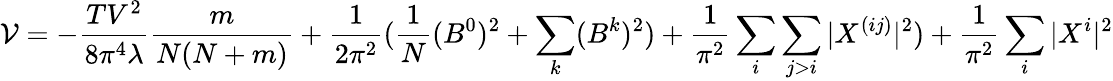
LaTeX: {\cal{V}}=-\frac{TV^{2}}{8\pi^{4}\lambda}\frac{m}{N(N+m)}+\frac{1}{2\pi^{2}}(\frac{1}{N}(B^{0})^{2}+\sum_{k}(B^{k})^{2})+\frac{1}{\pi^{2}}\sum_{i}\sum_{j>i}|X^{(ij)}|^{2})+\frac{1}{\pi^{2}}\sum_{i}|X^{i}|^{2}